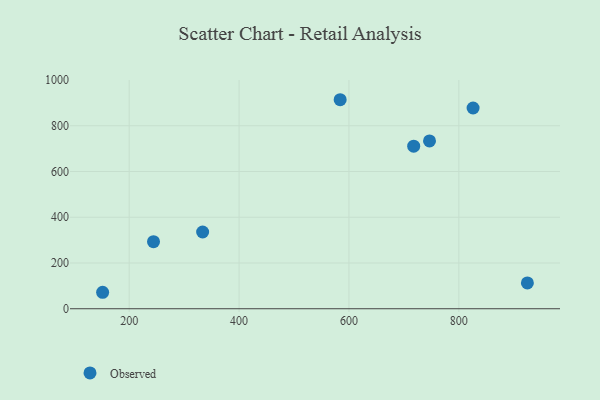
{"axis": {"x": "Price", "y": "Demand"}, "legend": ["Observed"], "data": [{"x": "333.7", "y": 335.6, "type": "Observed"}, {"x": "717.8", "y": 710.8, "type": "Observed"}, {"x": "825.9", "y": 877.7, "type": "Observed"}, {"x": "924.7", "y": 112.7, "type": "Observed"}, {"x": "151.7", "y": 72.0, "type": "Observed"}, {"x": "244.3", "y": 293.0, "type": "Observed"}, {"x": "584.0", "y": 913.8, "type": "Observed"}, {"x": "746.6", "y": 733.6, "type": "Observed"}]}